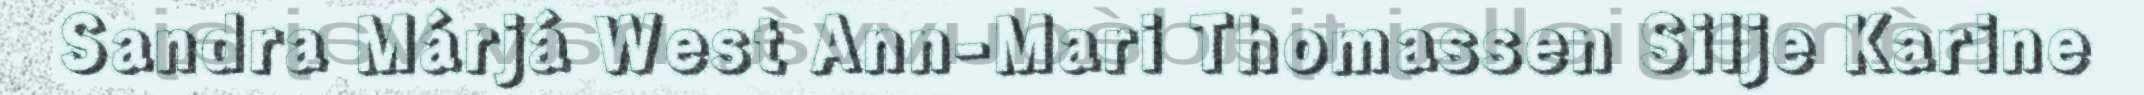
Sandra Márjá West Ann-Mari Thomassen Silje Karine